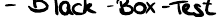
- Black-Box-Test